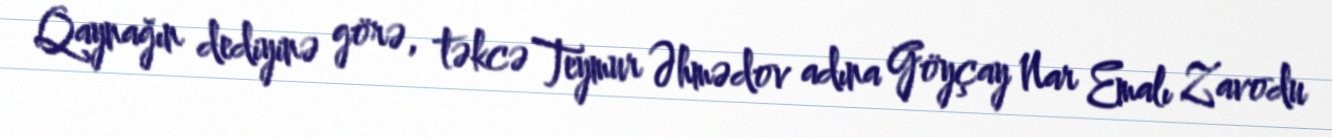
Qaynağın dediyinə görə, təkcə Teymur Əhmədov adına Göyçay Nar Emalı Zavodu